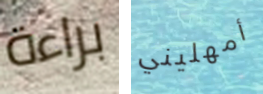
براءة أمهليني